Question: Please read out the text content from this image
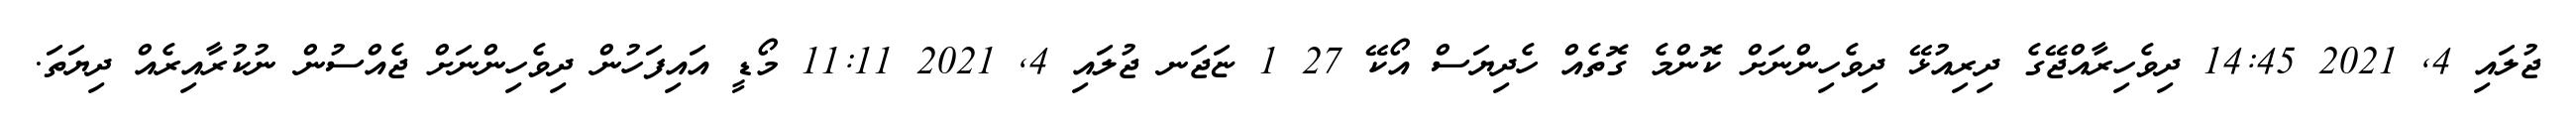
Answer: ޖުލައި 4, 2021 14:45 ދިވެހިރާއްޖޭގެ ދިރިއުޅޭ ދިވެހިންނަށް ކޮންމެ ގޮތެއް ހެދިޔަސް އޯކޭ 27 1 ޏަޖަނ ޖުލައި 4, 2021 11:11 މޯޑީ އައިފަހުން ދިވެހިންނަށް ޖެއްސުން ނުކުރާއިރެއް ދިޔަތަ.